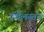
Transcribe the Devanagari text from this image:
ऍथेलस्तन